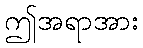
ဤအရာအား